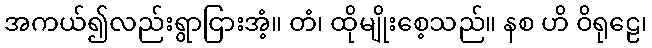
အကယ်၍လည်းရွာငြားအံ့။ တံ၊ ထိုမျိုးစေ့သည်။ နစ ဟိ ဝိရုဠေ၊